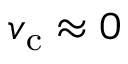
v _ { \mathrm { c } } \approx 0